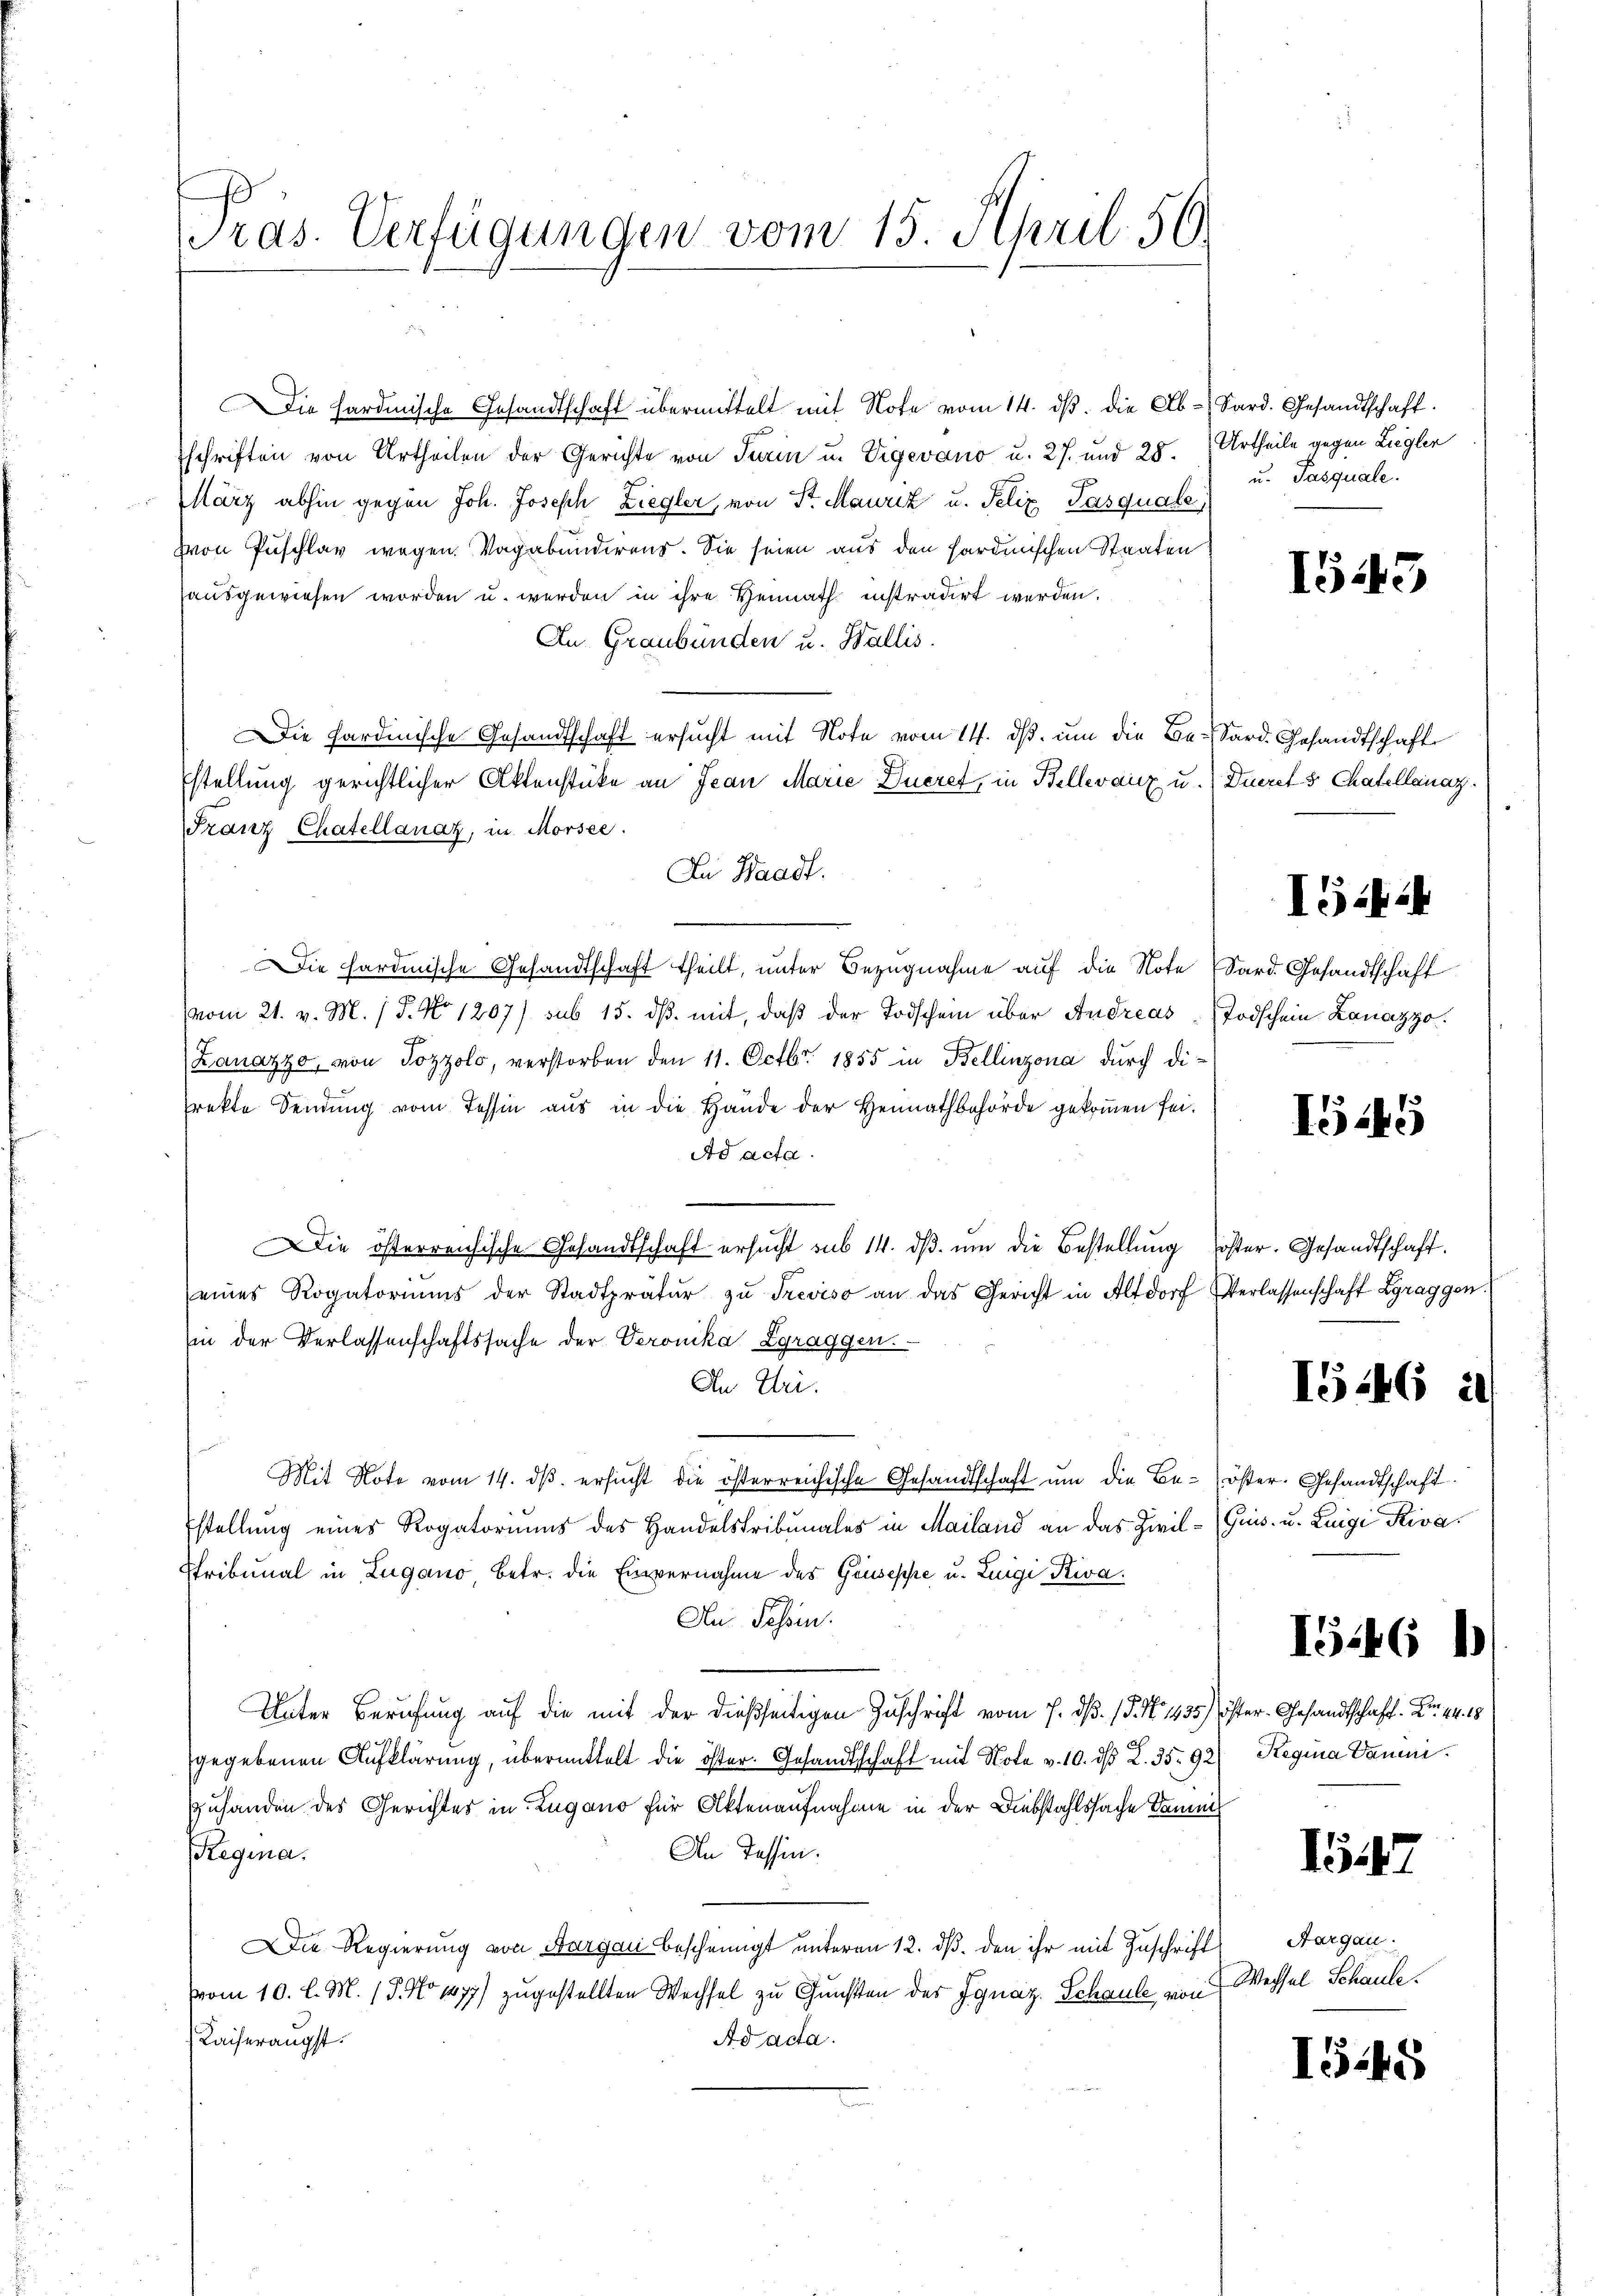
ras. Verfügungen vom 15. April. 56.

Die Hardmische Gesandtschaft übermittelt mit Note vom 14. ds. die Ab-Sard. Gesandtschaft.
schriften von Urtheilen der Gerichte von Turin u. Vigevano u. 27. und 28. Urtheile gegen Liegler
März abhin gegen Joh. Joseph Ziegler, von Sr. Mauriz u. Peliz Pasquale
Von Puschlav wegen. Vagabunderens. Sie seien aus den sardinischen Staaten
ausgewiesen worden u. werden in ihre Hennath instradirt werden.
An Graubünden u. Wallis.
Die Sardinische Gesandtschaft ersucht mit Note vom 14. ds. um die Be-Sard. Gesandtschaft
stellung gerichtlicher Aktenstücke an Jean Marie Dueret, in Bellevanz u. Ducrets Chatellanaz
Franz Chatellanaz, in Morsee.
In Waadt.
Die hardinische Gesandtschaft theilt, unter Bezugnahme auf die Note Sard. Gesandtschaft
vom 21. v. M. / 5. No 1207/ sub 15. dβ mit, daβ der Todschein über Andreas Todschein Lanazzo.
Lanazzo, von Jozzolo, verstorben den 11. Octbr. 1855 in Bellinzona durch di-
rekte Sendung vom Tessin aus in die Hande der Heimathbehörde gekommen sei.
Ad acta.
Die österreichische Gesandtschaft ersŭcht sub 14. dβ ŭm die Bestellung soster. Gesandtschaft.
eines Rogatoriums der Stadtpräter zŭ Treviso an das Gericht in Altdorf Verlassenschaft Zgraggen.
Ein der Verlassenschaftssache der Veronika Zgraggen.
An Uri.
Mit Note vom 14. dβ. ersucht die österreichische Gesandtschaft um die Be-öster. Gesandtschaft.
stellung eines Rogatoriums des Handelstribunales in Mailand an das Zivil- (Guis- u. Luigi Kivastribunal in Lugano betr. die Einvernahme des Gruseppe u. Luigi Kiva¬
An Schen.
Unter Berufung auf die mit der dießseitigen Zuschrift vom 7. d. 15. No 1435 öster. Gesandtschaft Nr. 44. 18
gegebenen Aufklärung, übermittelt die öster. Gesandtschaft mit Note v. 10. ds L. 35. 92
Zuhanden des Gerichtes in Zugano für Aktenaufnahme in der Diebstahlssache Damen
An Tessin.
Regina.
Die Regierung von Aargau bescheinigt unteren 12. dβ. den ihr mit Zuschrift
vom 10. l. M. (T. No 1477) zugestellten Wechsel zu Gunsten des Ignaz Schaule von
Kaiseraugst.
Ad acta.

u. Pasquale.

1543

Ii

I545

IG.46

I5246

Regina Daumi

.47

Aargau.
Wechsel Schaule.

1548